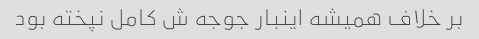
بر خلاف همیشه اینبار جوجه ش کامل نپخته بود